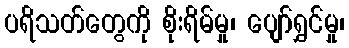
ပရိသတ်တွေကို စိုးရိမ်မှု၊ ပျော်ရွှင်မှု၊